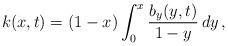
LaTeX: \begin{align*} k(x,t)=(1-x)\int_0^x\frac{b_y(y,t)}{1-y}\,dy\,,\end{align*}